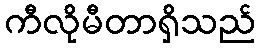
ကီလိုမီတာရှိသည်